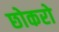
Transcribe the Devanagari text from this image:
छोकरो